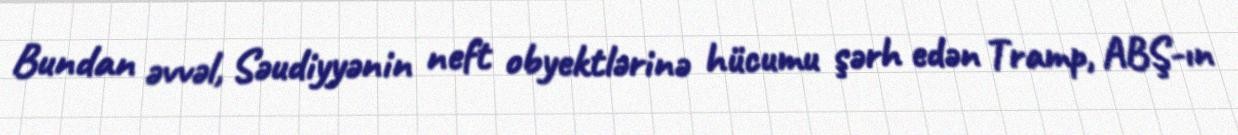
Bundan əvvəl, Səudiyyənin neft obyektlərinə hücumu şərh edən Tramp, ABŞ-ın